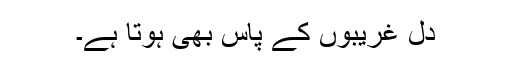
دل غریبوں کے پاس بھی ہوتا ہے۔